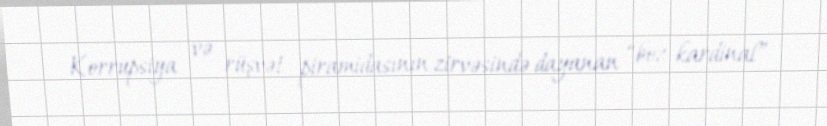
Korrupsiya və rüşvət piramidasının zirvəsində dayanan “boz kardinal”